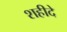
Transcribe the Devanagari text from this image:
शहीदे